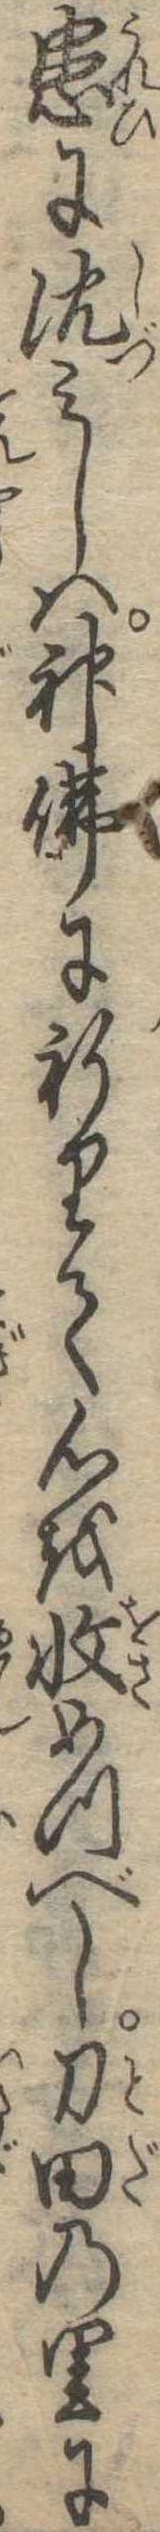
患に沈みしは神仏に祈りて心を収めつべし刀田の里に